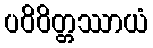
ပဝိဝိတ္တဿာယံ